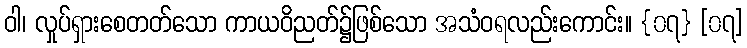
ဝါ၊ လှုပ်ရှားစေတတ်သော ကာယဝိညတ်၌ဖြစ်သော အသံဝရလည်းကောင်း။ {၀၇} [၀၇]